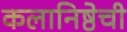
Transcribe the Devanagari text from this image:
कलानिष्ठेची